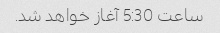
ساعت 5:30 آغاز خواهد شد.